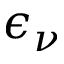
\epsilon _ { \nu }